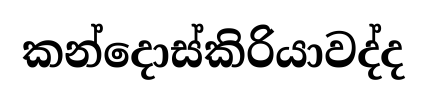
කන්දොස්කිරියාවද්ද